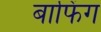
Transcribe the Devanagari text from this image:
बाफिंग